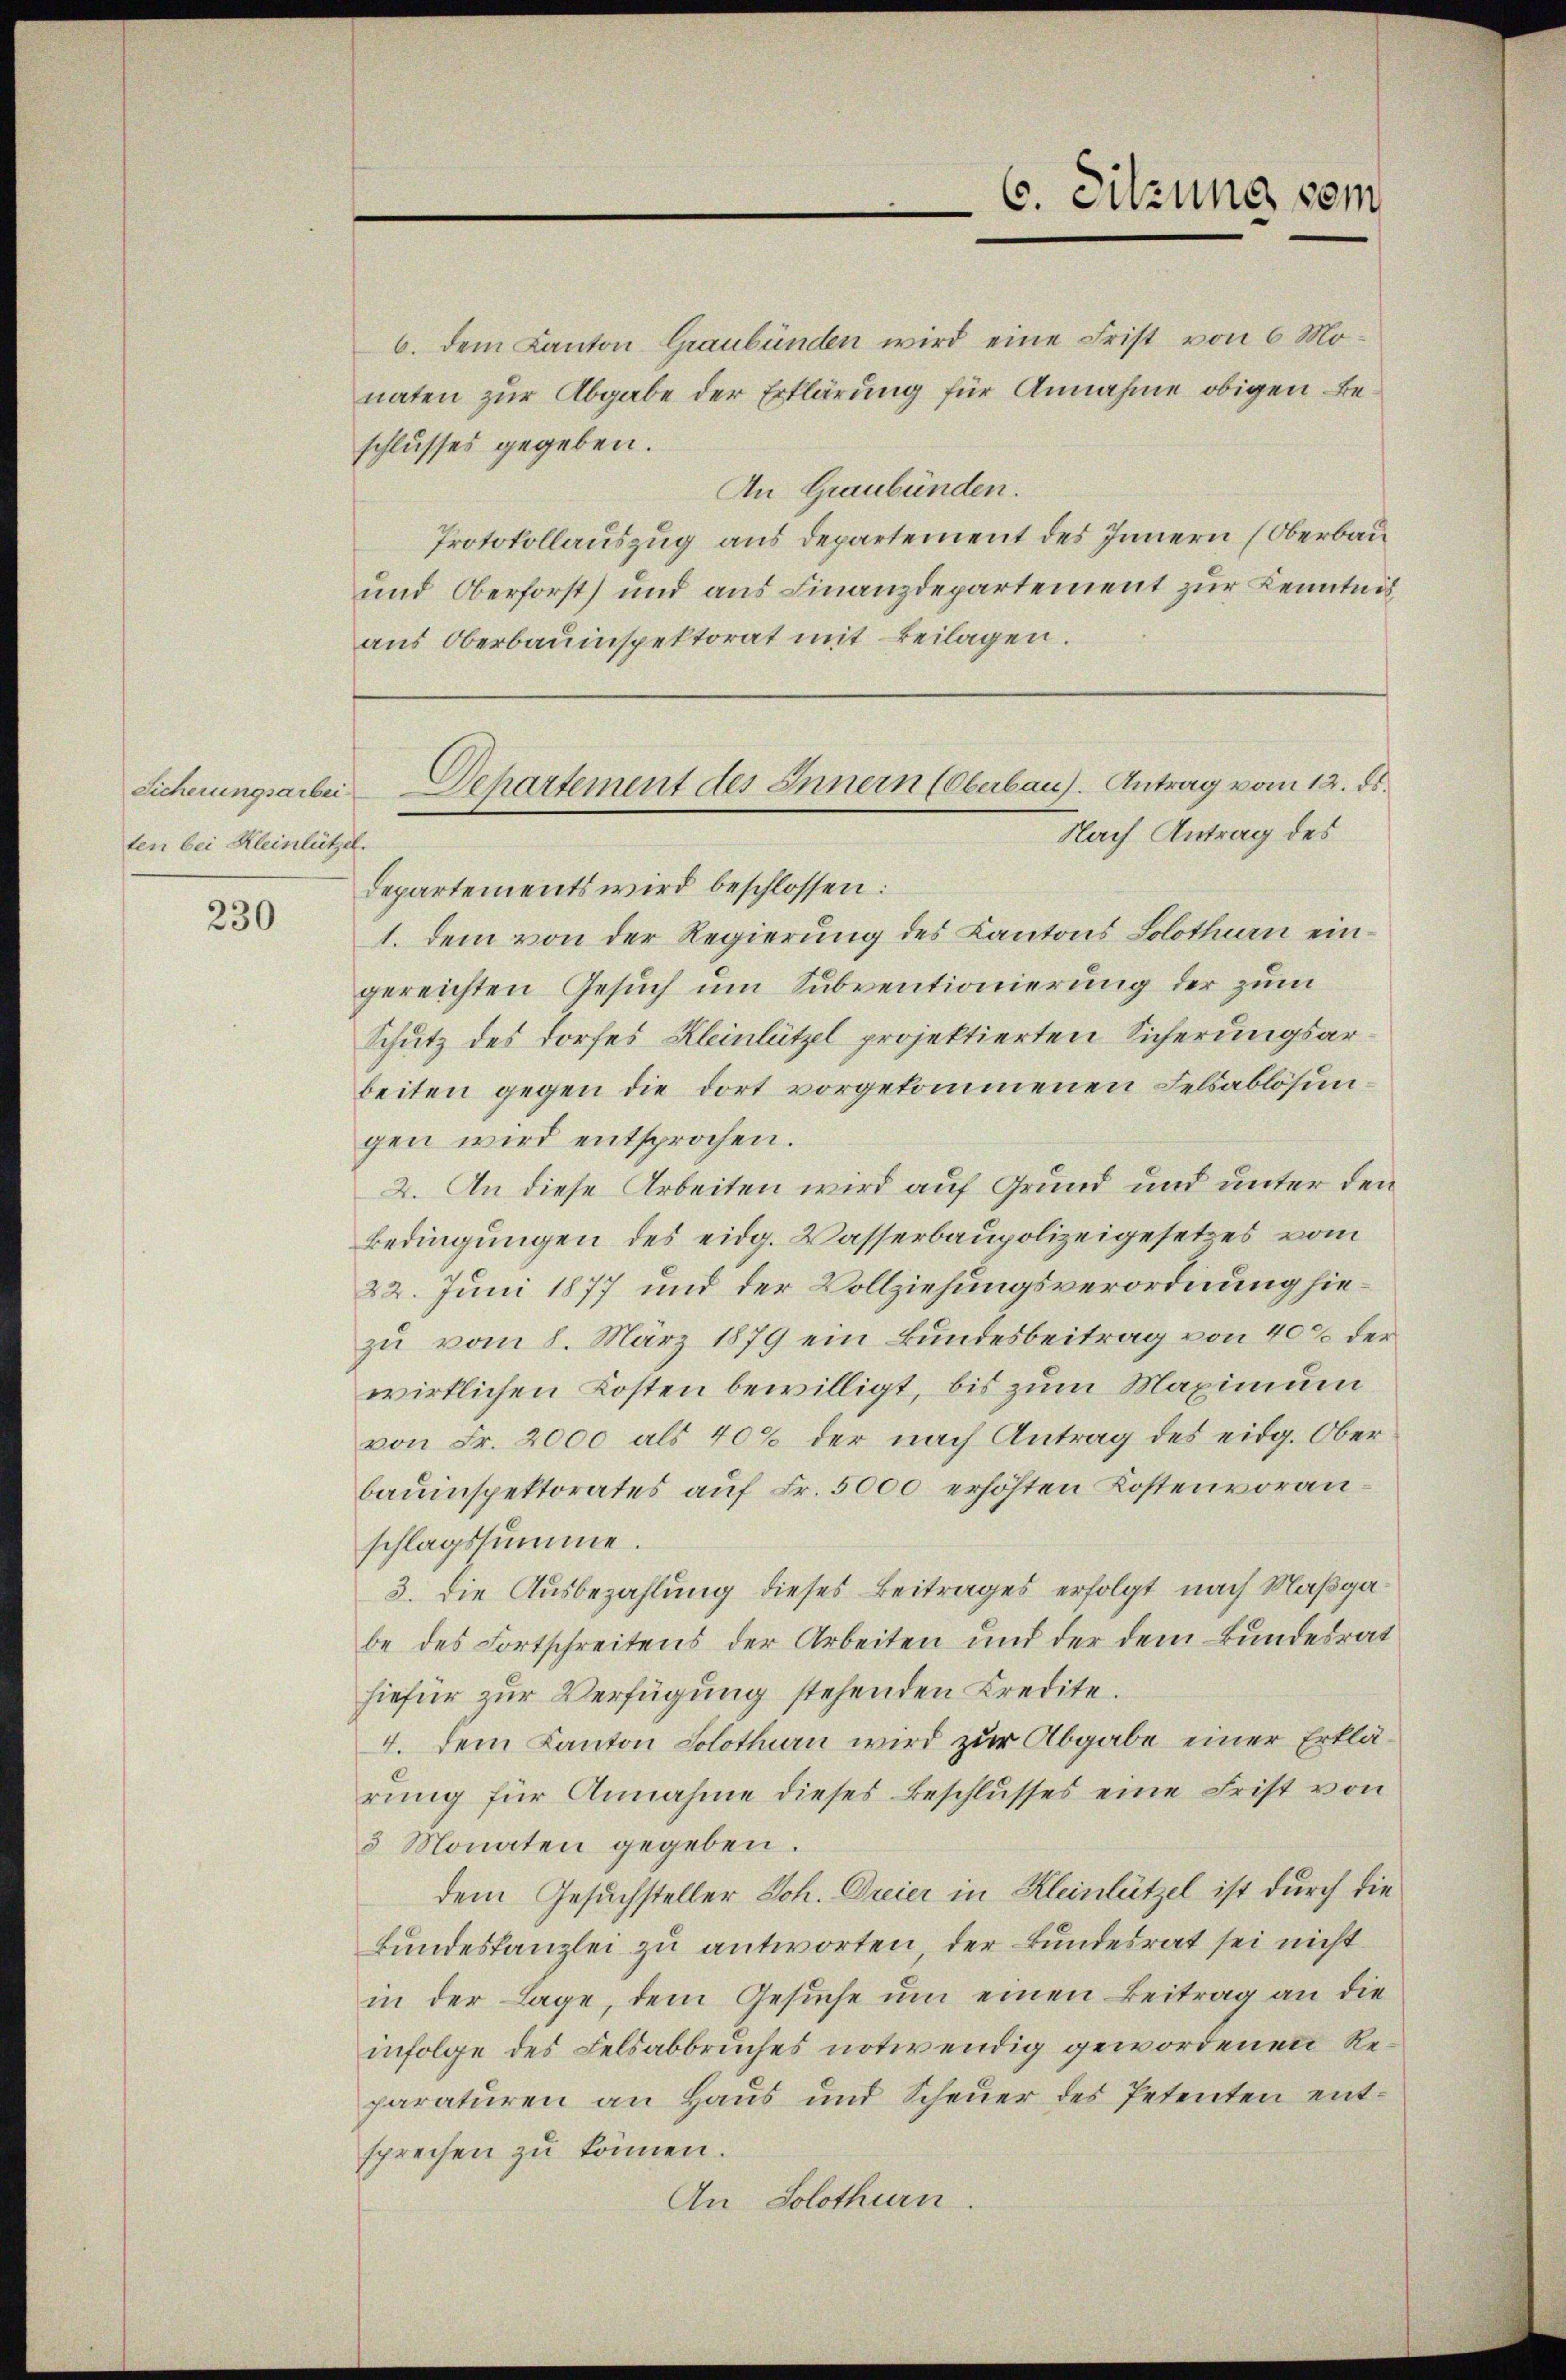
Sicherungsarbei
ten bei Kleinlützel

230

6. dem Kanton Graubünden wird eine Frist von 6 Mo-
naten zur Abgabe der Erklärung für Annahme obigen Beschlusses gegeben.
An Graubünden.
Protokollauszug aus Departement des Innern (Oberbau
und Oberforst) und aus Finanzdepartement zur Kenntnis
aus Oberbauinspektorat mit Beilagen.
Nach Antrag des
Departements wird beschlossen:
1. dem von der Regierung des Kantons Solothurn eingereichten Gesuch um Subventionierung der zum
Schutz des Dorfes Kleinlützel projektierten Sicherungsarbeiten gegen die dort vorgekommenen Felsablösungen wird entsprochen.
2. An diese Arbeiten wird auf Grund und unter den
Bedingungen des eidg. Wasserbaupolizeigesetzes vom
22. Juni 1877 und der Vollziehungsverordnung hiezu vom 8. März 1879 ein Bundesbeitrag von 40% der
wirklichen Kosten bewilligt, bis zum Maximum
von Fr. 2000 als 40% der nach Antrag des eidg. Ober
bauinspektorates auf Fr. 5000 erhöhten Kostenvoranschlagssumme.
3. Die Ausbezahlung dieses Beitrages erfolgt nach Maßgabe des Fortschreitens der Arbeiten und der dem Bundesrat
hiefür zur Verfügung stehenden Credite.
4. Dem Kanton Solothurn wird zur Abgabe einer Erklärung für Annahme dieses Beschlusses eine Frist von
3 Monaten gegeben.
dem Gesuchsteller Joh. Dreier in Kleinlützel ist durch die
Bundeskanzlei zu antworten, der Bundesrat sei nicht
in der Lage, dem Gesuche um einen Beitrag an die
infolge des Felsabbruches notwendig gewordenen Reparaturen an Haus und Scheuer des Petenten entsprechen zu können.
An Solothurn.

Departement des Innern (Oberbaus. Antrag vom 12. ds.

C. Sitzung vom